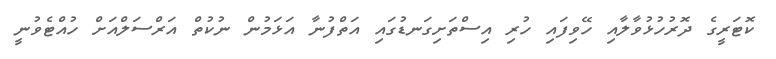
ކޮޓަރީގެ ދޮރުހުޅުވާލާއި ހޭވިފައި ހުރި އިސްތަށިގަނޑުގައި އަތްފުނާ އަޅަމުން ނުކުތް އަރްސަލްއަށް ހުއްޓެވުނީ